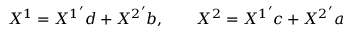
X ^ { 1 } = { X ^ { 1 } } ^ { \prime } d + { X ^ { 2 } } ^ { \prime } b , \qquad X ^ { 2 } = { X ^ { 1 } } ^ { \prime } c + { X ^ { 2 } } ^ { \prime } a